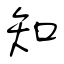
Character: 知